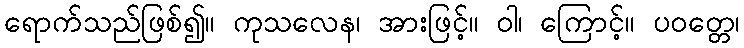
ရောက်သည်ဖြစ်၍။ ကုသလေန၊ အားဖြင့်။ ဝါ၊ ကြောင့်။ ပဝတ္တေ၊